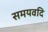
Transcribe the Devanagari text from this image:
समयवदि